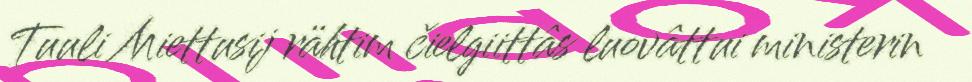
Tuuli Miettusij rähtim čielgiittâs luovâttui ministerin